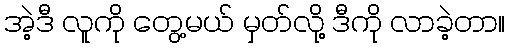
အဲ့ဒီ လူကို တွေ့မယ် မှတ်လို့ ဒီကို လာခဲ့တာ။